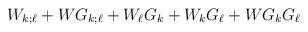
LaTeX: \begin{align*}W_{k ; \ell} + W G_{k ; \ell}+ W_\ell G_k + W_k G_\ell + W G_k G_\ell\end{align*}